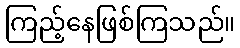
ကြည့်နေဖြစ်ကြသည်။